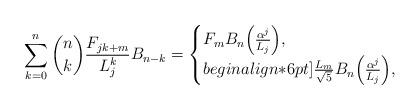
LaTeX: \begin{align*}\sum_{k = 0}^n {\binom nk \frac{F_{jk + m}}{L_j^{k}} B_{n - k} } = \begin{cases}F_m B_n \Big(\frac{\alpha ^j }{L_j}\Big), & \\begin{align*}6pt]\frac{{L_m }}{{\sqrt 5 }}B_n\Big(\frac{\alpha ^j }{L_j}\Big), & \end{cases}\end{align*}